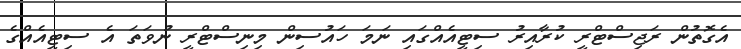
އެގޮތުން ރަޖިސްޓްރީ ކުރާއިރު ސިޓީއެއްގައި ނަމަ ހައުސިން މިނިސްޓްރީ ނުވަތަ އެ ސިޓީއެއްގެ